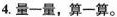
4.量一量，算一算。